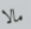
مالا